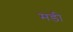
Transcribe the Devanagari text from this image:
मडी